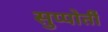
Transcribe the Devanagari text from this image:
सुप्पोर्तीं